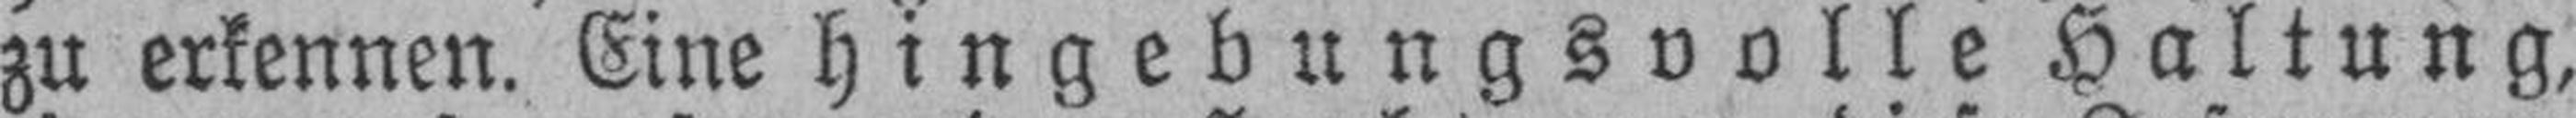
zu erkennen. Eine hingebungsvolle Haltung,